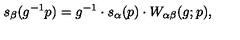
s _ { \beta } ( g ^ { - 1 } p ) = g ^ { - 1 } \cdot s _ { \alpha } ( p ) \cdot W _ { \alpha \beta } ( g ; p ) ,